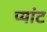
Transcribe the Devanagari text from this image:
प्यांट